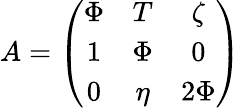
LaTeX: A=\left(\begin{array}{ccc}{{\Phi}}&{{T}}&{{\zeta}}\\ {{1}}&{{\Phi}}&{{0}}\\ {{0}}&{{\eta}}&{{2\Phi}}\end{array}\right)